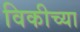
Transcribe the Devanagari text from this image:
विकीच्या